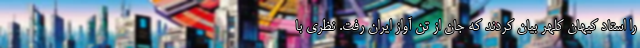
را استاد کیهان کلهر بیان کردند که جان از تن آواز ایران رفت. نظری با